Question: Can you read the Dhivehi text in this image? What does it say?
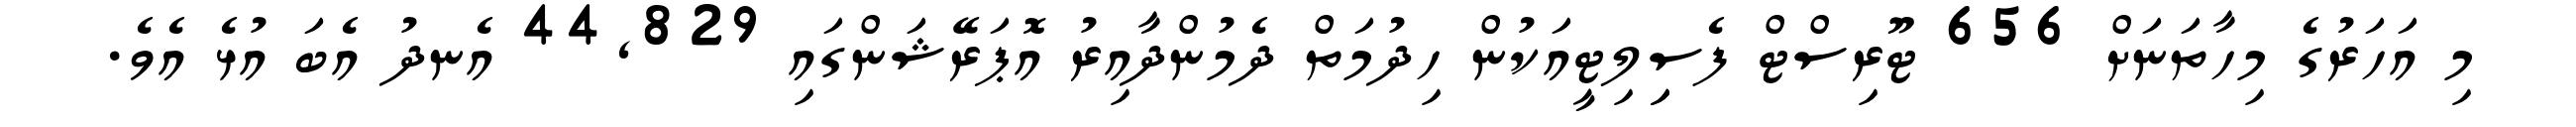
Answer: މި އަހަރުގެ މިހާތަނަށް 656 ޓޫރިސްޓް ފެސިިލިޓީއަކުން ހިދުމަތް ދެމުންދާއިރު އޮޕަރޭޝަންގައި 44,829 އެނދު އެބަ އުޅެ އެވެ.